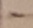
Text: -